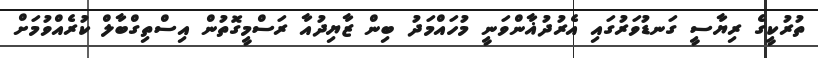
ތުރުކީގެ ރިޔާސީ ގަނޑުވަރުގައި އެރުދުޣާންވަނީ މުހައްމަދު ބިން ޒާޔިދުއާ ރަސްމީގޮތުން އިސްތިގްބާލް ކުރެއްވުމަށް